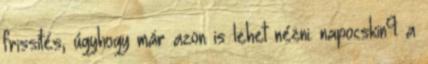
frissítés, úgyhogy már azon is lehet nézni. napocskin9: a